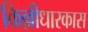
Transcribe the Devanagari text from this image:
किल्लीधारकास